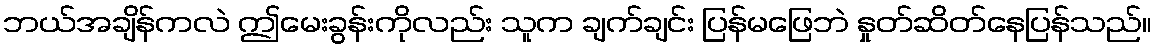
ဘယ်အချိန်ကလဲ ဤမေးခွန်းကိုလည်း သူက ချက်ချင်း ပြန်မဖြေဘဲ နှုတ်ဆိတ်နေပြန်သည်။